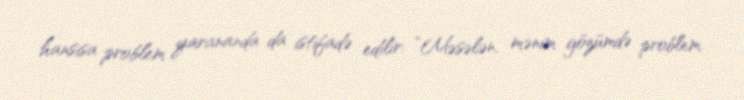
hansısa problem yarananda da istifadə edilir: “Məsələn, mənim gözümdə problem